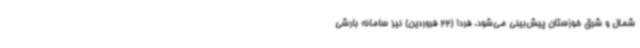
شمال و شرق خوزستان پیش‌بینی می‌شود. فردا (22 فروردین) نیز سامانه بارشی